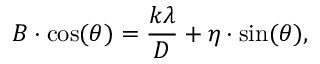
B \cdot \cos ( \theta ) = { \frac { k \lambda } { D } } + \eta \cdot \sin ( \theta ) ,